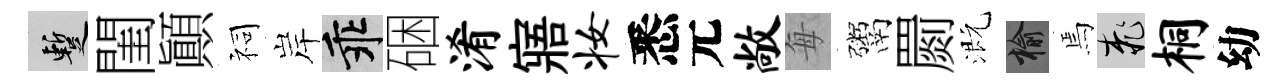
暫閨顚祠岸乖硱淆寤妆悉元敞每鬻罽溉榆焉桃桐幼